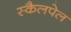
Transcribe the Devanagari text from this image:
स्कैलपेल